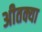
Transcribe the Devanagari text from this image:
अीतक्या